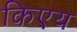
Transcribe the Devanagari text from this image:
किएय